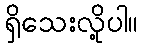
ရှိသေးလို့ပါ။